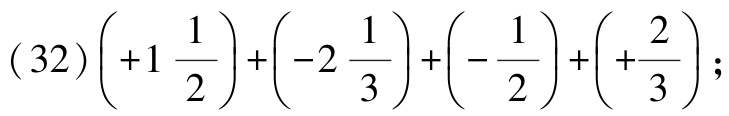
\((32)\left(+1\frac{1}{2}\right)+\left(-2\frac{1}{3}\right)+\left(-\frac{1}{2}\right)+\left(+\frac{2}{3}\right);\)